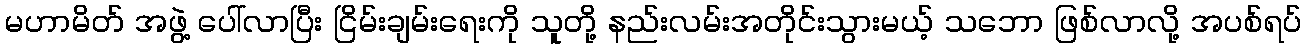
မဟာမိတ် အဖွဲ့ ပေါ်လာပြီး ငြိမ်းချမ်းရေးကို သူတို့ နည်းလမ်းအတိုင်းသွားမယ့် သဘော ဖြစ်လာလို့ အပစ်ရပ်